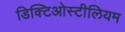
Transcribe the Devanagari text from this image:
डिक्टिओस्टीलियम